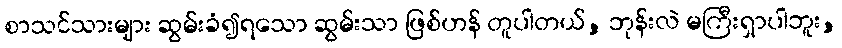
စာသင်သားများ ဆွမ်းခံ၍ရသော ဆွမ်းသာ ဖြစ်ဟန် တူပါတယ်, ဘုန်းလဲ မကြီးရှာပါဘူး,